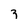
Character: z